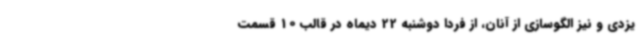
یزدی و نیز الگوسازی از آنان، از فردا دوشنبه 22 دیماه در قالب 10 قسمت